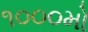
૧૦૦૦મો